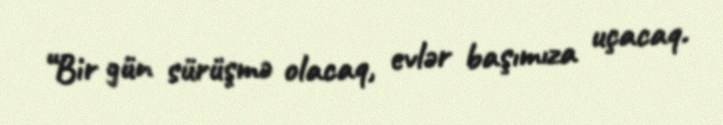
“Bir gün sürüşmə olacaq, evlər başımıza uçacaq.